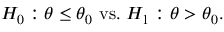
H _ { 0 } : \theta \leq \theta _ { 0 } { \mathrm { ~ v s . ~ } } H _ { 1 } : \theta > \theta _ { 0 } .